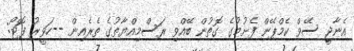
އެނާޖީ ސޭވް ކެމްޕޭން ފެށުމުގެ ގޮތުން ބޭއްވި ރަސްމިއްޔާތުގެ ތެރެއިން --ހަވީރު ފޮޓޯ: